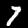
Digit: 7